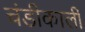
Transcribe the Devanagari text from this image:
चंडीकाली